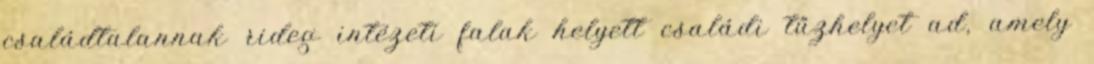
családtalannak rideg intézeti falak helyett családi tűzhelyet ad, amely